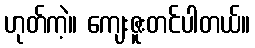
ဟုတ်ကဲ့။ ကျေးဇူးတင်ပါတယ်။